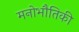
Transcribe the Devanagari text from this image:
मनोभौतिकी